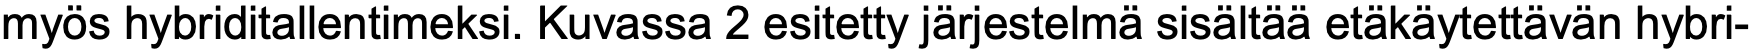
myös hybriditallentimeksi. Kuvassa 2 esitetty järjestelmä sisältää etäkäytettävän hybri-